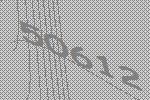
50612